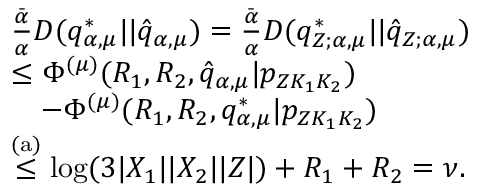
\begin{array} { r l } & { \frac { \bar { \alpha } } { \alpha } D ( q _ { \alpha , \mu } ^ { * } | | \hat { q } _ { \alpha , \mu } ) = \frac { \bar { \alpha } } { \alpha } D ( q _ { Z ; \alpha , \mu } ^ { * } | | \hat { q } _ { Z ; \alpha , \mu } ) } \\ & { \leq \Phi ^ { ( \mu ) } ( R _ { 1 } , R _ { 2 } , \hat { q } _ { \alpha , \mu } | { p _ { Z K _ { 1 } K _ { 2 } } } ) } \\ & { \quad - \Phi ^ { ( \mu ) } ( R _ { 1 } , R _ { 2 } , q _ { \alpha , \mu } ^ { * } | { p _ { Z K _ { 1 } K _ { 2 } } } ) } \\ & { \stackrel { \mathrm { ( a ) } } { \leq } \log ( 3 | { \cal X } _ { 1 } | | { \cal X } _ { 2 } | | { \cal Z } | ) + R _ { 1 } + R _ { 2 } = \nu . } \end{array}